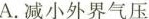
A.减小外界气压